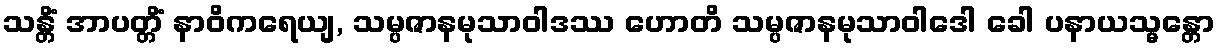
သန္တိံ အာပတ္တိံ နာဝိကရေယျ, သမ္ပဇာနမုသာဝါဒဿ ဟောတိ သမ္ပဇာနမုသာဝါဒေါ ခေါ ပနာယသ္မန္တော